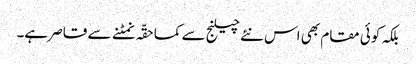
بلکہ کوئی مقام بھی اس نئے چیلنج سے کماحقّہ نمٹنے سے قاصر ہے۔